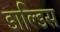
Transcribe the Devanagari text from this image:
डाल्डिस